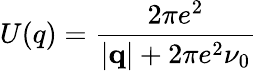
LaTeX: U(q)=\frac{2\pi e^{2}}{|\mathbf{q}|+2\pi e^{2}\nu_{0}}